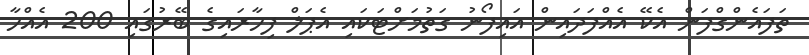
ތަފައެންގްފަން އެކޭ އެއްފަދައިން އައިފޯނު ގަތުމަށްޓަކައި އެޕަލް ފިހާރައިގެ ބޭރުގައި 200 އެއްހާ